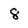
Character: 8